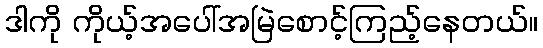
ဒါကို ကိုယ့်အပေါ်အမြဲစောင့်ကြည့်နေတယ်။